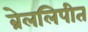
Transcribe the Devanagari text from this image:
ब्रेललिपीत